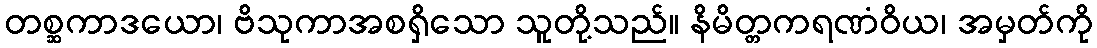
တစ္ဆကာဒယော၊ ဗိသုကာအစရှိသော သူတို့သည်။ နိမိတ္တကရဏံဝိယ၊ အမှတ်ကို